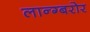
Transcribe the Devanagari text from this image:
लान्ग्बरोर